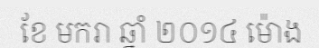
ខែ មករា ឆ្នាំ ២០១៤ ម៉ោង